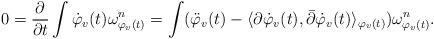
LaTeX: \begin{align*}0=\frac{\partial}{\partial t} \int \dot{\varphi}_v(t)\omega_{\varphi_v(t)}^n = \int (\ddot{\varphi}_v(t) - \langle \partial \dot{\varphi}_v(t), \bar{\partial} \dot{\varphi}_v(t) \rangle_{\varphi_v(t)} )\omega_{\varphi_v(t)}^n. \end{align*}